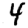
Digit: 4